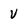
Character: V